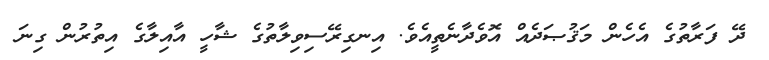
ދޭ ފަރާތުގެ އެހެން މަޤުޞަދެއް އޮވެދާނެތީއެވެ. އިނގިރޭސިވިލާތުގެ ޝާހީ އާއިލާގެ އިތުރުން ގިނަ